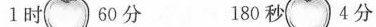
1时 60分 180秒 4分